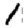
Digit: 1